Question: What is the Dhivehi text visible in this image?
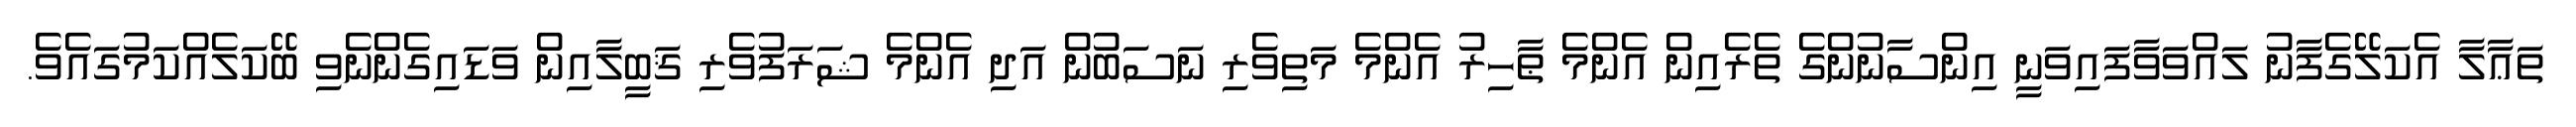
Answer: ތަޢާލާ އެކަލޭގެފާނު ލައްވަވާފައިވަނީ އިންސާނުންގެ ތެރެއިން އެންމެ ޠާހިރު އެންމެ މަތިވެރި ނަސަބުން އަދި އެންމެ ޝަރަފުވެރި ޤަބީލާއިން ވަޑައިގެންނެވި ބޭކަލެއްކަމުގައެވެ.